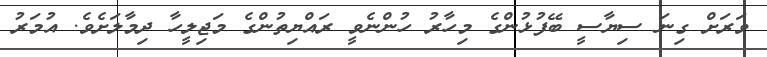
ވަރަށް ގިނަ ސިޔާސީ ބޭފުޅުންގެ މިހާރު ހުންނެވީ ރައްޔިތުންގެ މަޖިލީހާ ދިމާލަށެވެ. އުމަރު